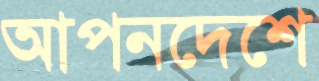
আপনদেশে